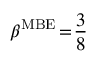
\beta ^ { \mathrm { M B E } } \! = \! \frac { 3 } { 8 }